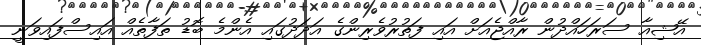
އޭޝިއާ ސަރަހައްދުން ރާއްޖެއަށް އައި ފަތުރުވެރިންގެ އަދަދުގައި އެންމެ ބޮޑު ތަފާތެއް އައިސްފައިވަނީ